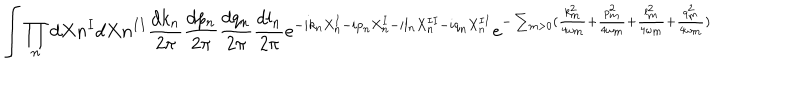
\int \prod _ { n } d X { n } ^ { I } d X { n } ^ { I I } \frac { d k _ { n } } { 2 \pi } \frac { d p _ { n } } { 2 \pi } \frac { d q _ { n } } { 2 \pi } \frac { d l _ { n } } { 2 \pi } e ^ { - i k _ { n } X _ { n } ^ { I } - i p _ { n } X _ { n } ^ { I } - i l _ { n } X _ { n } ^ { I I } - i q _ { n } X _ { n } ^ { I I } } e ^ { - \sum _ { m > 0 } ( \frac { k _ { m } ^ { 2 } } { 4 \omega _ { m } } + \frac { p _ { m } ^ { 2 } } { 4 \omega _ { m } } + \frac { l _ { m } ^ { 2 } } { 4 \omega _ { m } } + \frac { q _ { m } ^ { 2 } } { 4 \omega _ { m } } ) }